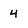
Character: 4